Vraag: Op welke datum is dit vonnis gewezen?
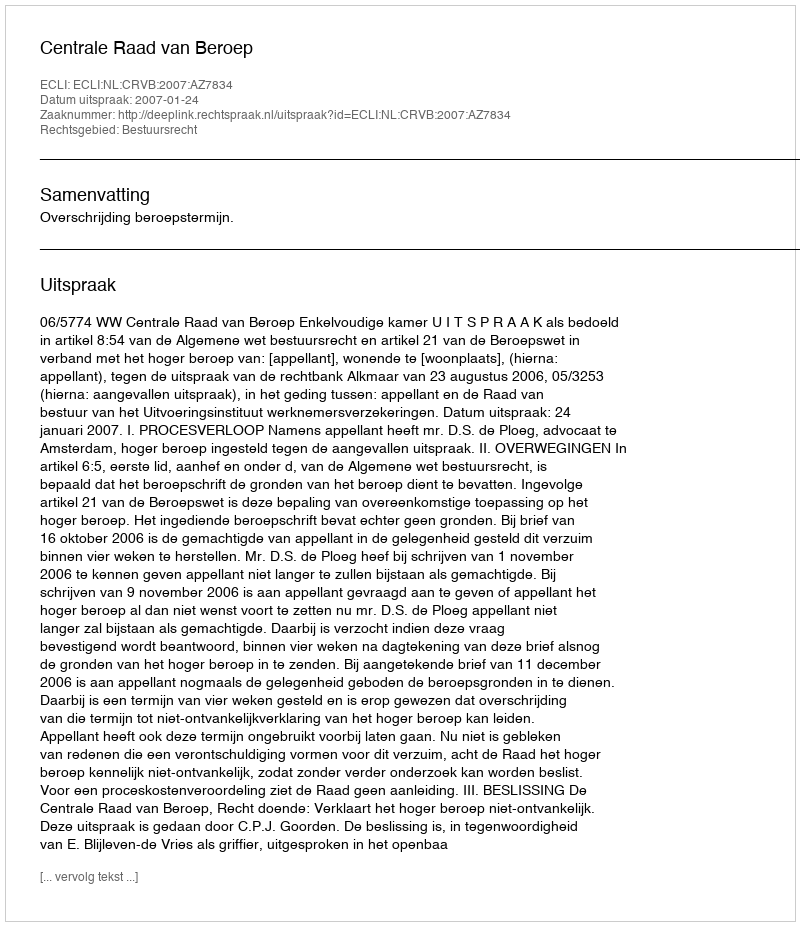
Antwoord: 2007-01-24